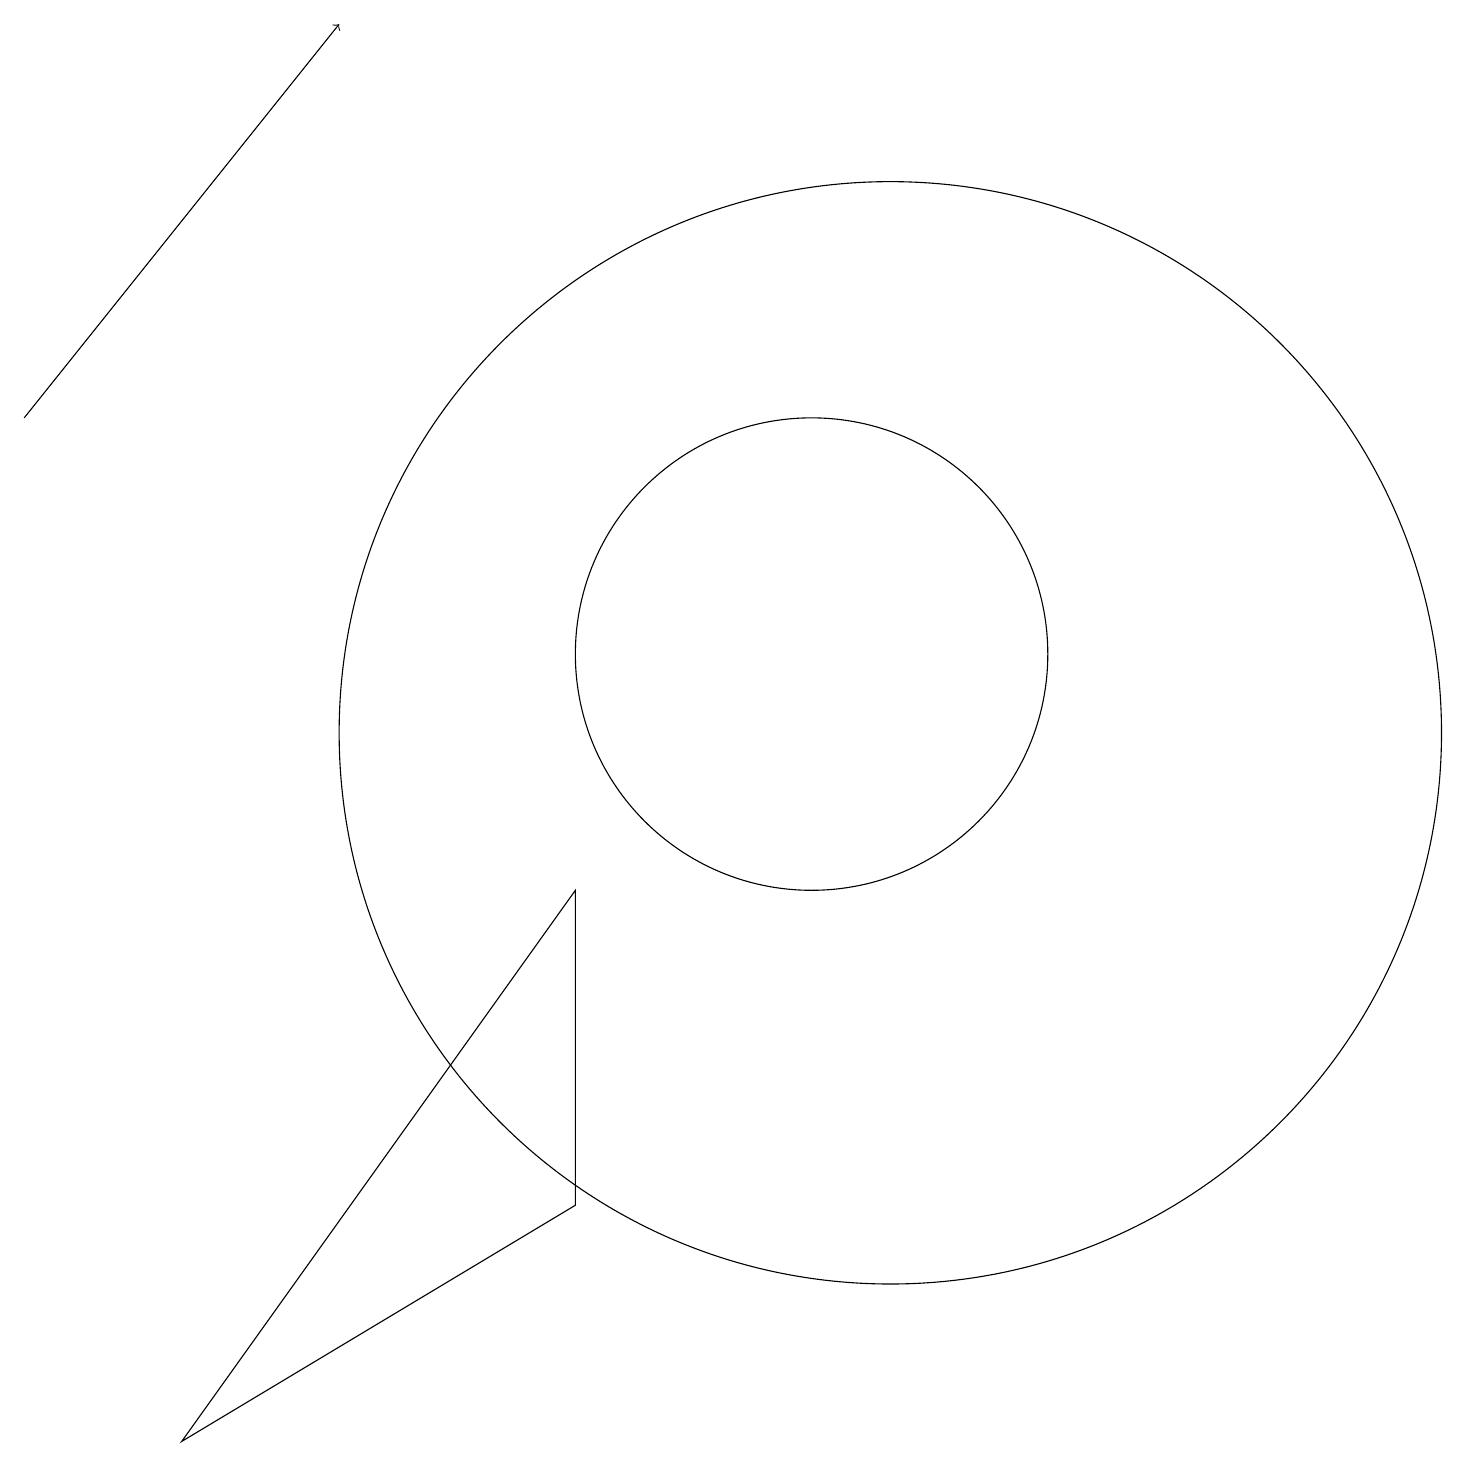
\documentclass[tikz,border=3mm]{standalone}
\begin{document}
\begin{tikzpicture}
\draw (8,8) -- (8,4) -- (3,1) -- cycle;
\draw (12,10) circle (0);
\draw (11,11) circle (3);
\draw (12,10) circle (7);
\draw (11,10) circle (0);
\draw[->] (1,14) -- (5,19);
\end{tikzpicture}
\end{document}